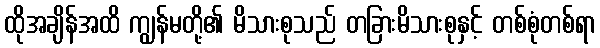
ထိုအချိန်အထိ ကျွန်မတို့၏ မိသားစုသည် တခြားမိသားစုနှင့် တစ်စုံတစ်ရာ